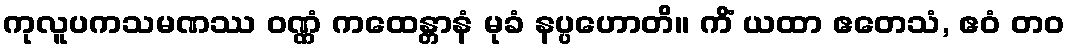
ကုလူပကသမဏဿ ဝဏ္ဏံ ကထေန္တာနံ မုခံ နပ္ပဟောတိ။ ကိံ ယထာ ဧတေသံ, ဧဝံ တဝ